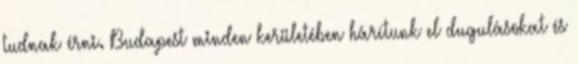
tudnak érni. Budapest minden kerületében hárítunk el dugulásokat és